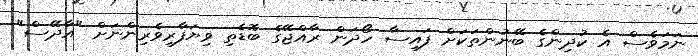
ނަމަވެސް އެ ކުދިންގެ ބޭނުންތަކަށް ފައިސާ ހޯދަން ރާއްޖޭގެ ބޮޑެތި ވިޔަފާރިވެރިންނަށް "އާދޭސް"